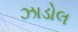
ઝાડોલ